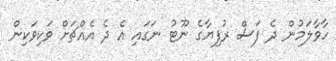
ހާވާލަމުން ދެ ފަސް ރުފިޔާގެ ނޫޓު ނަގައި އެ ދެ އެއްޗަށް ވަކިވަކިން